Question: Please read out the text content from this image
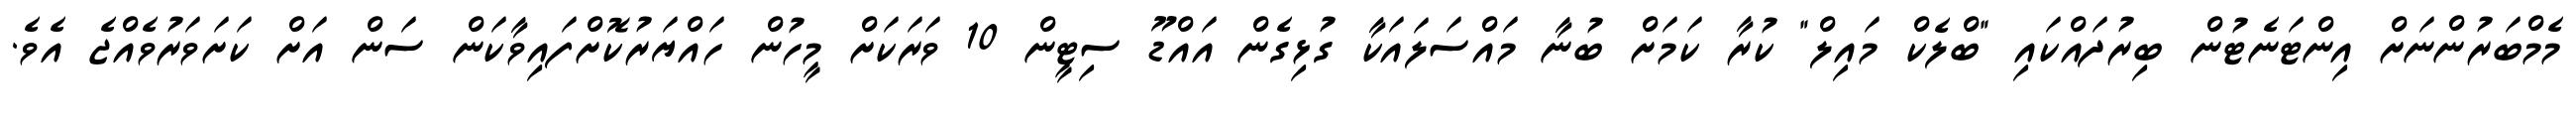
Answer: މެމްބަރުންނަށް އިންޓަނެޓުން ބިރުދައްކައި "ބްލެކް މައިލް" ކުރާ ކަމަށް ބުނާ މައްސަލައަކާ ގުޅިގެން އައްޑޫ ސިޓީން 10 ވަރަކަށް މީހުން ހައްޔަރުކޮށްފައިވާކަން ސަން އަށް ކަށަވަރުވެއްޖެ އެވެ.